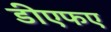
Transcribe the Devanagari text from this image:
डीएफए